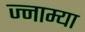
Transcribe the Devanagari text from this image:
ज्नाम्या